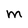
Character: M